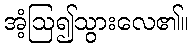
အံ့ဩ၍သွားလေ၏။